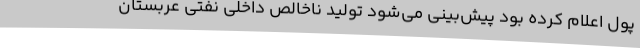
پول اعلام کرده بود پیش‌بینی می‌شود تولید ناخالص داخلی نفتی عربستان